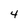
Character: 4